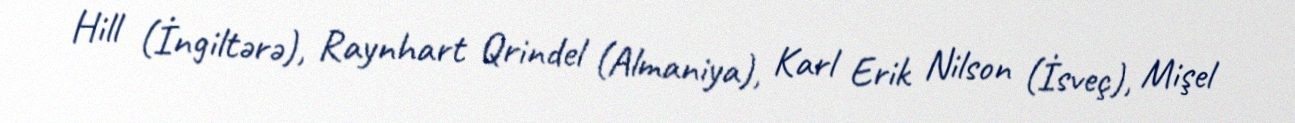
Hill (İngiltərə), Raynhart Qrindel (Almaniya), Karl Erik Nilson (İsveç), Mişel